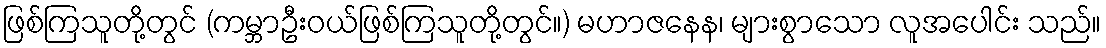
ဖြစ်ကြသူတို့တွင် (ကမ္ဘာဦးဝယ်ဖြစ်ကြသူတို့တွင်။) မဟာဇနေန၊ များစွာသော လူအပေါင်း သည်။